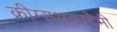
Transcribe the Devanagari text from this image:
क्रीग्सअकादेमी